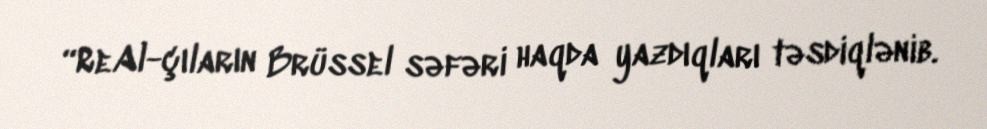
“ReAl-çıların Brüssel səfəri haqda yazdıqları təsdiqlənib.